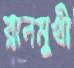
রানমুখী